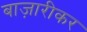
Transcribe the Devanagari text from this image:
बाज़ारीकर